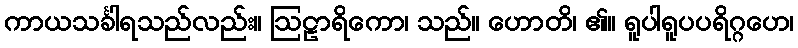
ကာယသင်္ခါရသည်လည်း။ ဩဠာရိကော၊ သည်။ ဟောတိ၊ ၏။ ရူပါရူပပရိဂ္ဂဟေ၊